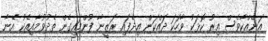
އަނެއްކާވެސް އިރު ކޮޅަކު ވާހަކަ ދައްކަން އިދެފައި ރަޒީނާ ފުންމައިގެން ތެދުވުމާއިއެކު އޭނާ